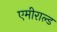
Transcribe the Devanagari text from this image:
एमीराल्ड